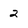
Character: 2